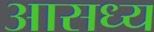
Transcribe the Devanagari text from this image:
आसध्य